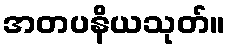
အတပနိယသုတ်။